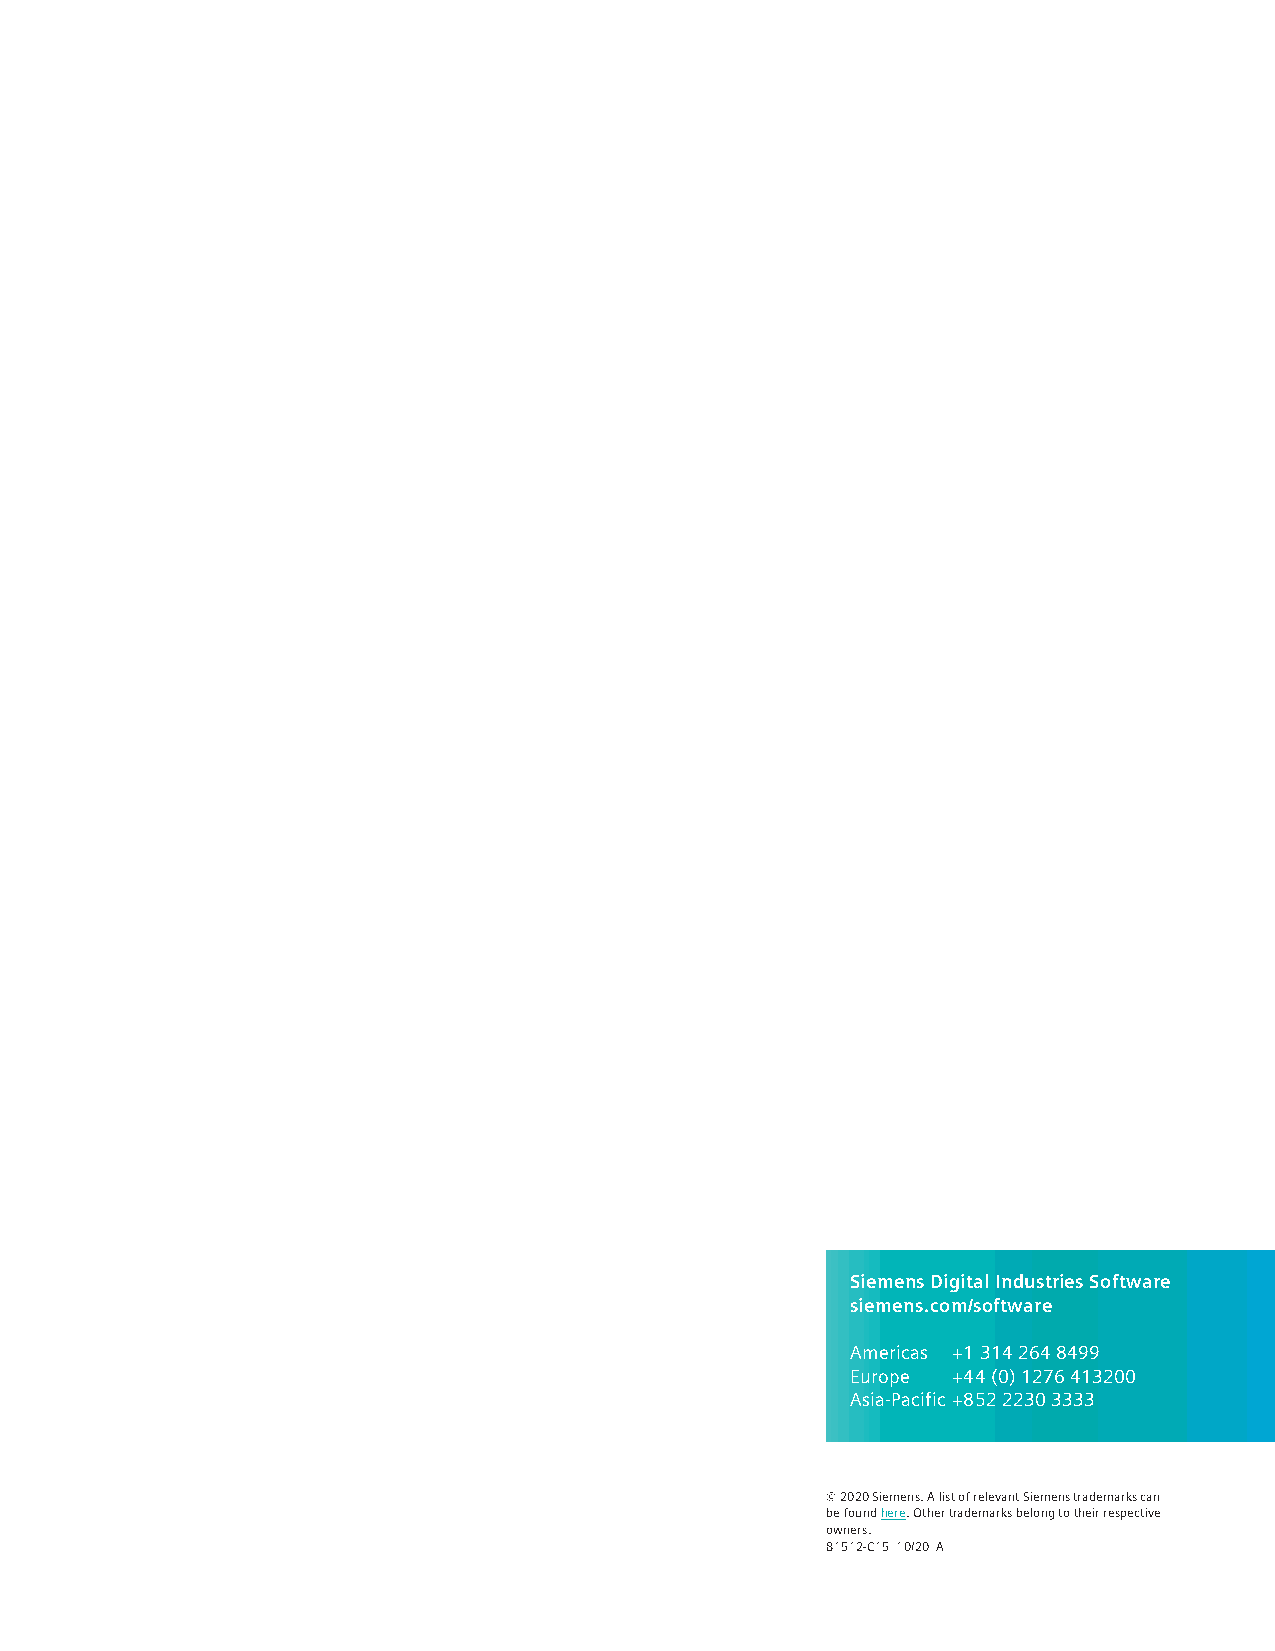
Siemens Digital Industries Software
 siemens.com/software
 Americas +1 314 264 8499
 Europe +44 (0) 1276 413200
 Asia-Pacific +852 2230 3333
 © 2020 Siemens. A list of relevant Siemens trademarks can
 be found here. Other trademarks belong to their respective
 owners.
 81512-C15 10/20 A